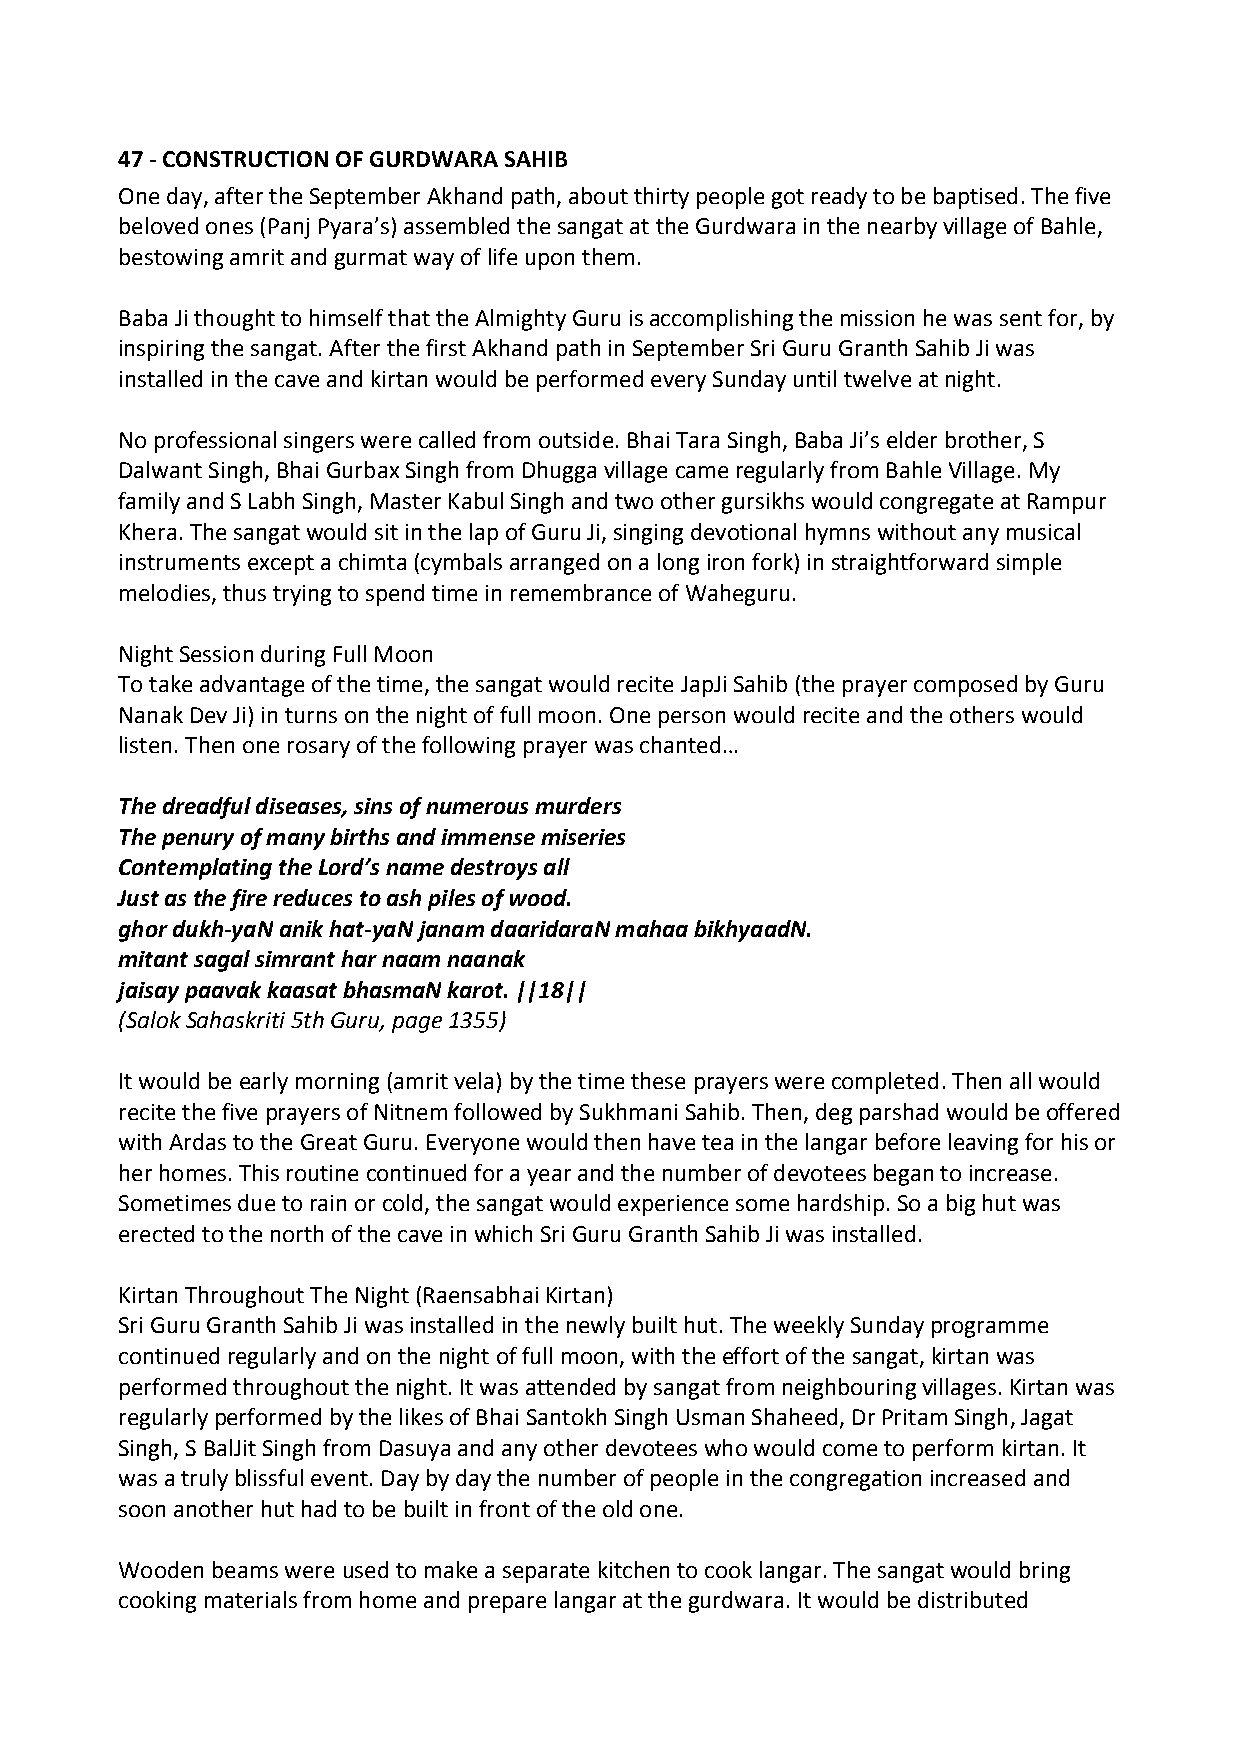
47 ‐ CONSTRUCTION OF GURDWARA SAHIB
 One day, after the September Akhand path, about thirty people got ready to be baptised. The five
 beloved ones (Panj Pyara’s) assembled the sangat at the Gurdwara in the nearby village of Bahle,
 bestowing amrit and gurmat way of life upon them.
 Baba Ji thought to himself that the Almighty Guru is accomplishing the mission he was sent for, by
 inspiring the sangat. After the first Akhand path in September Sri Guru Granth Sahib Ji was
 installed in the cave and kirtan would be performed every Sunday until twelve at night.
 No professional singers were called from outside. Bhai Tara Singh, Baba Ji’s elder brother, S
 Dalwant Singh, Bhai Gurbax Singh from Dhugga village came regularly from Bahle Village. My
 family and S Labh Singh, Master Kabul Singh and two other gursikhs would congregate at Rampur
 Khera. The sangat would sit in the lap of Guru Ji, singing devotional hymns without any musical
 instruments except a chimta (cymbals arranged on a long iron fork) in straightforward simple
 melodies, thus trying to spend time in remembrance of Waheguru.
 Night Session during Full Moon
 To take advantage of the time, the sangat would recite JapJi Sahib (the prayer composed by Guru
 Nanak Dev Ji) in turns on the night of full moon. One person would recite and the others would
 listen. Then one rosary of the following prayer was chanted…
 The dreadful diseases, sins of numerous murders
 The penury of many births and immense miseries
 Contemplating the Lord’s name destroys all
 Just as the fire reduces to ash piles of wood.
 ghor dukh‐yaN anik hat‐yaN janam daaridaraN mahaa bikhyaadN.
 mitant sagal simrant har naam naanak
 jaisay paavak kaasat bhasmaN karot. ||18||
 (Salok Sahaskriti 5th Guru, page 1355)
 It would be early morning (amrit vela) by the time these prayers were completed. Then all would
 recite the five prayers of Nitnem followed by Sukhmani Sahib. Then, deg parshad would be offered
 with Ardas to the Great Guru. Everyone would then have tea in the langar before leaving for his or
 her homes. This routine continued for a year and the number of devotees began to increase.
 Sometimes due to rain or cold, the sangat would experience some hardship. So a big hut was
 erected to the north of the cave in which Sri Guru Granth Sahib Ji was installed.
 Kirtan Throughout The Night (Raensabhai Kirtan)
 Sri Guru Granth Sahib Ji was installed in the newly built hut. The weekly Sunday programme
 continued regularly and on the night of full moon, with the effort of the sangat, kirtan was
 performed throughout the night. It was attended by sangat from neighbouring villages. Kirtan was
 regularly performed by the likes of Bhai Santokh Singh Usman Shaheed, Dr Pritam Singh, Jagat
 Singh, S BalJit Singh from Dasuya and any other devotees who would come to perform kirtan. It
 was a truly blissful event. Day by day the number of people in the congregation increased and
 soon another hut had to be built in front of the old one.
 Wooden beams were used to make a separate kitchen to cook langar. The sangat would bring
 cooking materials from home and prepare langar at the gurdwara. It would be distributed